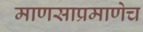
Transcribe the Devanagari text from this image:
माणसाप्रमाणेच